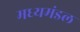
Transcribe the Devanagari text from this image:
मध्यमंडल